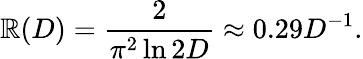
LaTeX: \mathbb{R}(D)={\frac{{2}}{{\pi^{2}\ln2D}}}\approx0.29D^{-1}.